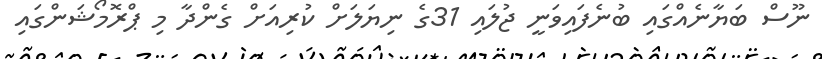
ނޫސް ބަޔާނެއްގައި ބުނެފައިވަނީ ޖުލައި 31ގެ ނިޔަލަށް ކުރިއަށް ގެންދާ މި ޕްރޮމޯޝަންގައި